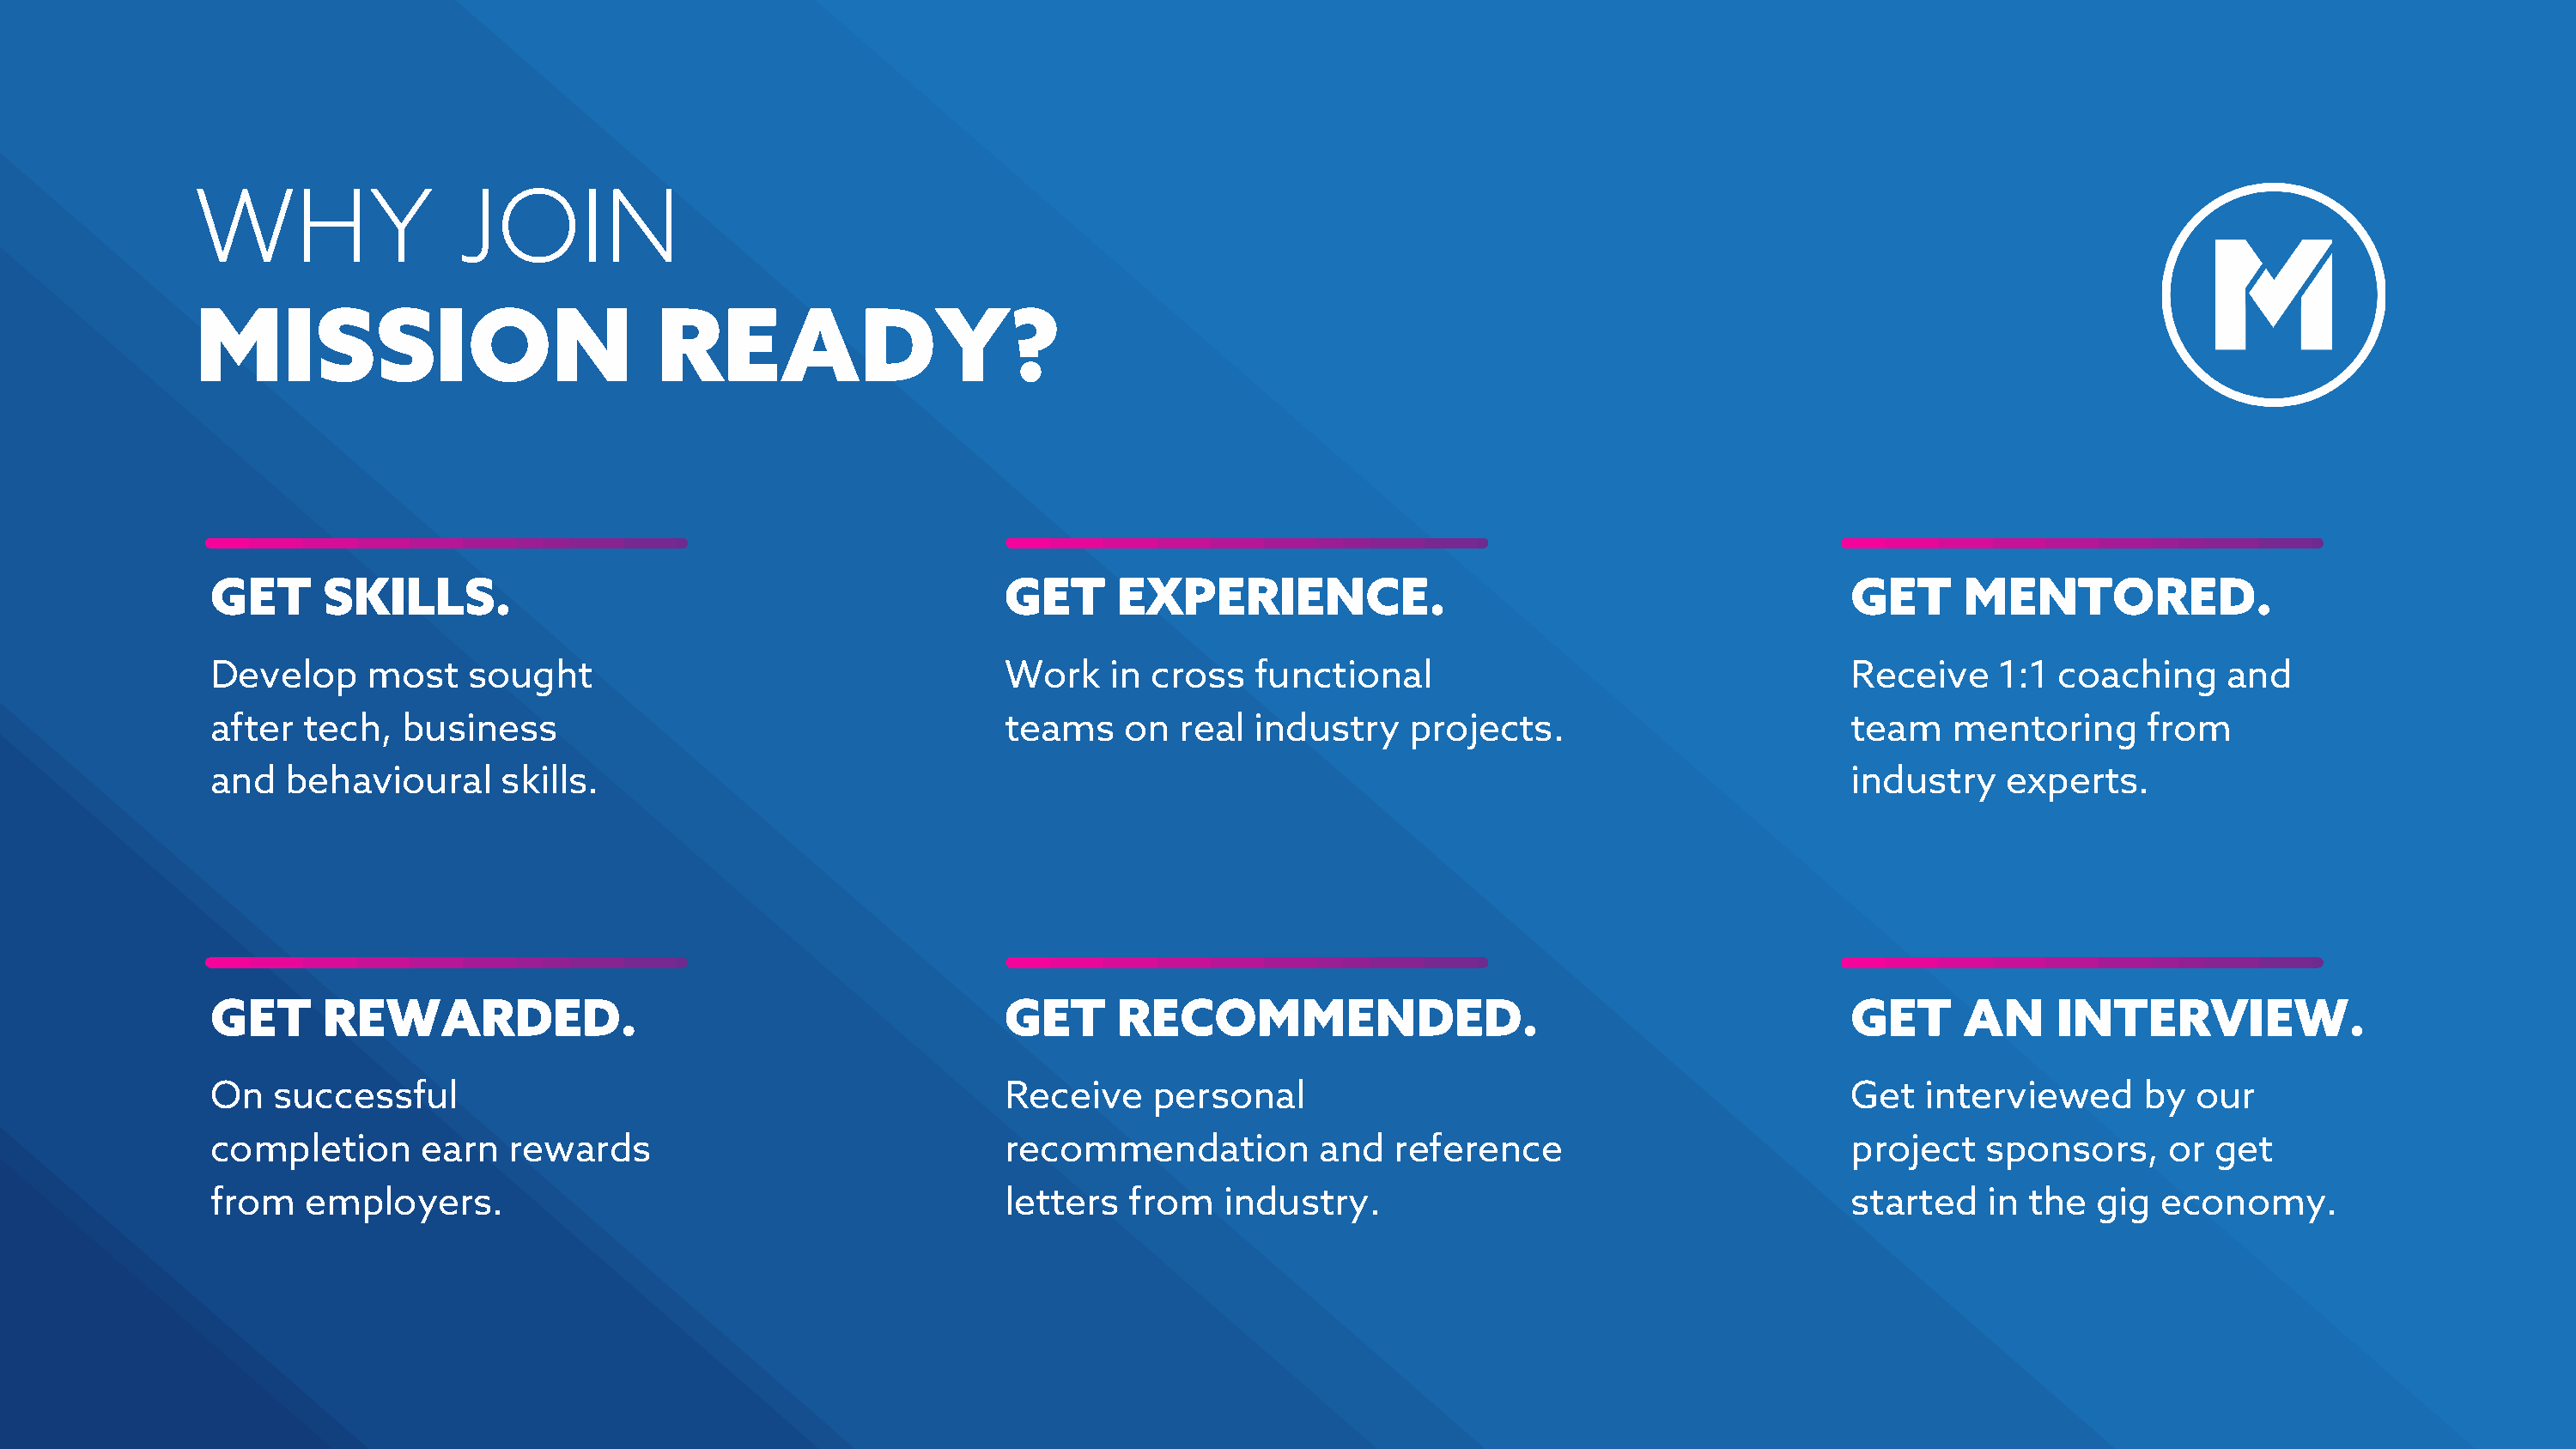
WHY                 JOIN
 MISSION                             READY?
 GET      SKILLS.                                             GET      EXPERIENCE.                                              GET     MENTORED.
 Develop     most    sought                                   Work     in cross   functional                                    Receive    1:1  coaching     and
 after  tech,   business                                      teams     on  real  industry    projects.                         team   mentoring       from
 and   behavioural      skills.                                                                                                 industry    experts.
 GET      REWARDED.                                           GET      RECOMMENDED.                                             GET     AN      INTERVIEW.
 On   successful                                              Receive     personal                                              Get  interviewed      by  our
 completion      earn   rewards                               recommendation           and  reference                           project   sponsors,     or  get
 from    employers.                                           letters   from   industry.                                        started   in the   gig  economy.